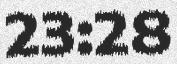
23:28